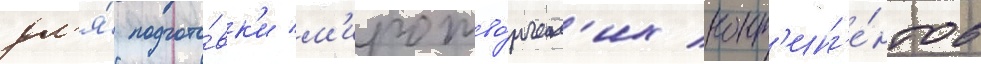
дл'я́ подгото́вк'и м'иротво́рческ'их конт'инг'е́нтов